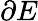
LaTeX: \partial E